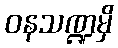
ဝနသဏ္ဍမှိ